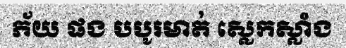
ភ័យ ផង បបូរមាត់ ស្លេកស្លាំង